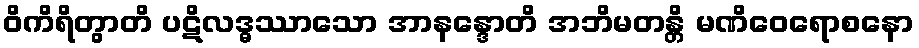
ဝိကိရိတွာတိ ပဋိလဒ္ဓဿာသော အာနန္ဒောတိ အဘိမတန္တိ မဏိဝေရောစနော